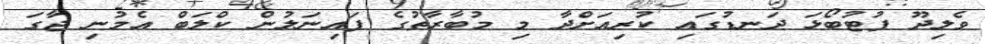
ވެލިދޫ ފުޓުބޯޅަ ދަނޑުގައި ކުރިއަށްދާ މި މުބާރާތުގެ ފައިނަލުން ކްލަބް އެމުނި ޖާގަ